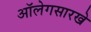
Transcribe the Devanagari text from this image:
ऑलेगसारखे